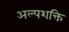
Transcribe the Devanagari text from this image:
अल्पशक्ति